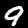
Label: 9